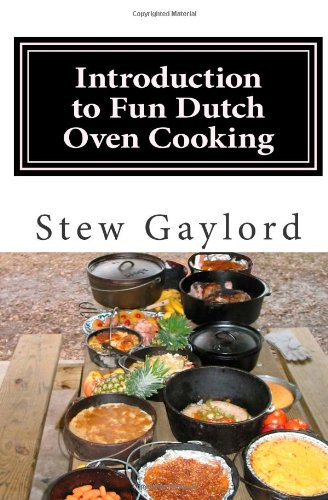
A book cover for Introduction to Fun Dutch Oven Cooking (Volume 1); Stew Gaylord; Cookbooks, Food & Wine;